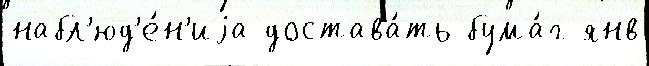
набл'юд'е́н'иjа достава́ть бума́г янв